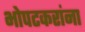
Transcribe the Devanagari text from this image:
भोपटकरांना